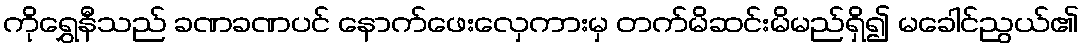
ကိုရွှေနီသည် ခဏခဏပင် နောက်ဖေးလှေကားမှ တက်မိဆင်းမိမည်ရှိ၍ မခေါင်ညွယ်၏